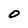
Character: 0